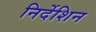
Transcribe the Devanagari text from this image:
निर्देशिन